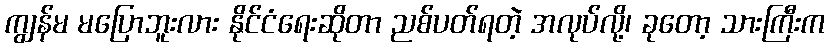
ကျွန်မ မပြောဘူးလား နိုင်ငံရေးဆိုတာ ညစ်ပတ်ရတဲ့ အလုပ်လို့၊ ခုတော့ သားကြီးက